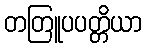
တတြူပပတ္တိယာ